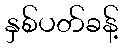
နှစ်ပတ်ခန့်